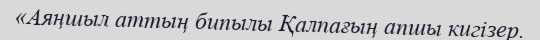
«Аяңшыл аттың бипылы Қалпағың апшы кигізер.